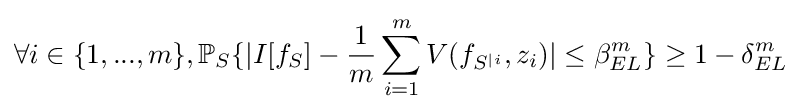
\forall i\in \{1,...,m\},\mathbb {P} _{S}\{|I[f_{S}]-{\frac {1}{m}}\sum _{i=1}^{m}V(f_{S^{|i}},z_{i})|\leq \beta _{EL}^{m}\}\geq 1-\delta _{EL}^{m}